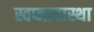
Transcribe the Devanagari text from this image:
स्वप्नावास्था